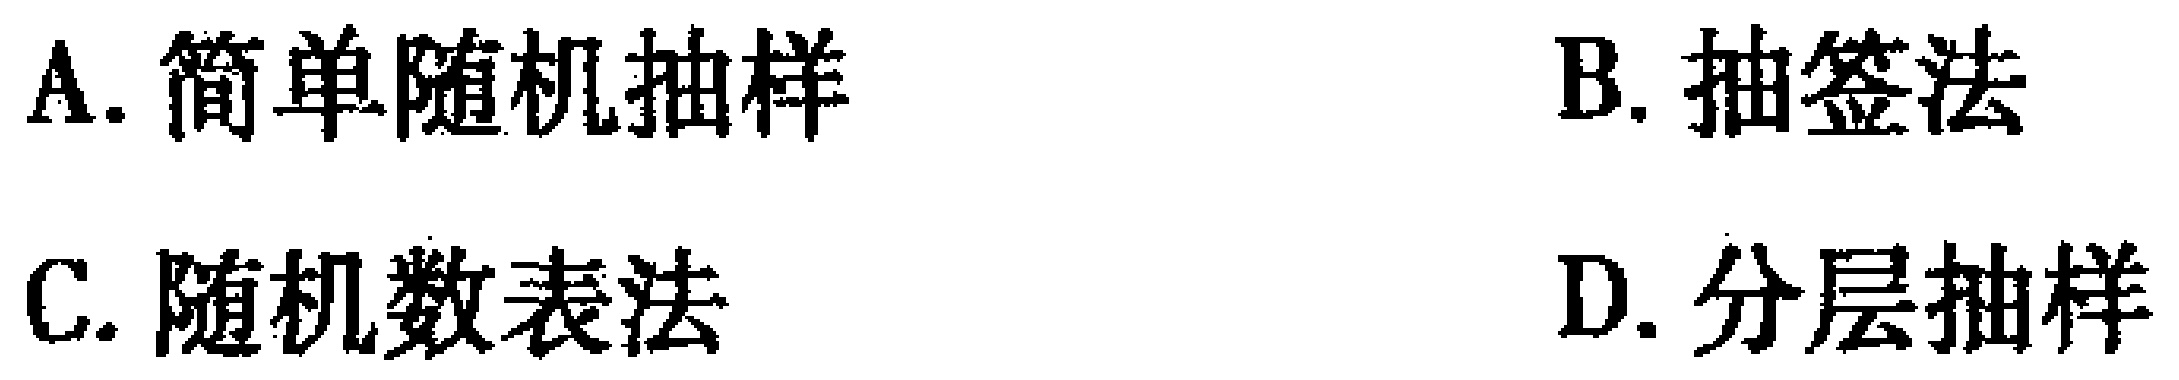
A. 简单随机抽样

B. 抽签法

C. 随机数表法

D. 分层抽样